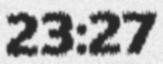
23:27